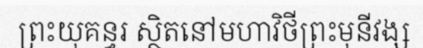
ព្រះយុគន្ធរ ស្ថិតនៅមហាវិថីព្រះមុនីវង្ស